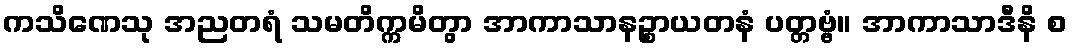
ကသိဏေသု အညတရံ သမတိက္ကမိတွာ အာကာသာနဉ္စာယတနံ ပတ္တဗ္ဗံ။ အာကာသာဒီနိ စ